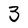
Character: 3